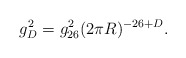
\begin{align*}g_{D}^{2} = g^{2}_{26} (2 \pi R)^{-26+D} .\end{align*}